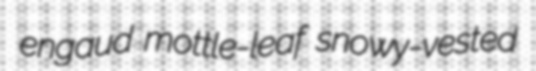
engaud mottle-leaf snowy-vested